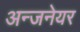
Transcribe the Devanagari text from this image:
अन्जनेयर